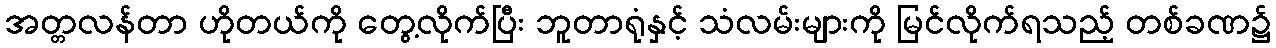
အတ္တလန်တာ ဟိုတယ်ကို တွေ့လိုက်ပြီး ဘူတာရုံနှင့် သံလမ်းများကို မြင်လိုက်ရသည့် တစ်ခဏ၌